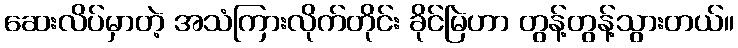
ဆေးလိပ်မှာတဲ့ အသံကြားလိုက်တိုင်း ခိုင်မြဲဟာ တွန့်တွန့်သွားတယ်။